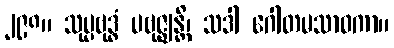
၂၉၈။ သုပ္ပဗုဒ္ဓံ ပဗုဇ္ဈန္တိ၊ သဒါ ဂေါတမသာဝကာ။